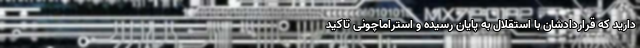
دارید که قراردادشان با استقلال به پایان رسیده و استراماچونی تاکید